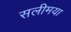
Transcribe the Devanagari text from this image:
सलीमया